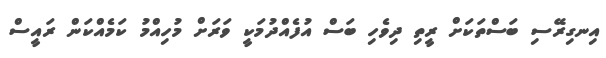
އިނގިރޭސި ބަސްތަކަށް ރީތި ދިވެހި ބަސް އުފެއްދުމަކީ ވަރަށް މުހިއްމު ކަމެއްކަން ރައީސް